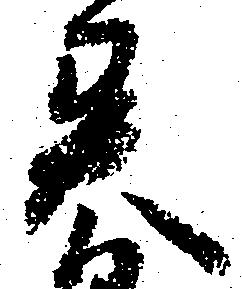
異